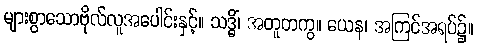
များစွာသောဗိုလ်လူအပေါင်းနှင့်။ သဒ္ဓိံ၊ အတူတကွ။ ယေန၊ အကြင်အရပ်၌။